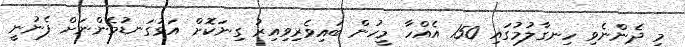
މި ދެންނެވި ހިނގާލުމުގައި 150 އެއްހާ މީހުން ބައިވެރިވިއިރު ގިނަކޮށް އަޅުގަނޑުމެންނަށް ފެނުނީ